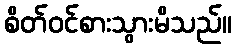
စိတ်ဝင်စားသွားမိသည်။